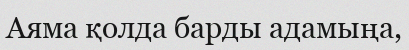
Аяма қолда барды адамыңа,